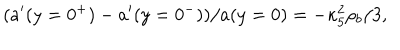
( a ^ { \prime } ( y = 0 ^ { + } ) - a ^ { \prime } ( y = 0 ^ { - } ) ) / a ( y = 0 ) = - \kappa _ { 5 } ^ { 2 } \rho _ { b } / 3 ,